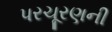
પરચૂરણની